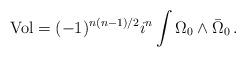
LaTeX: \begin{align*}{\rm Vol} = (-1)^{n(n-1)/2} i^n \int \Omega_0 \wedge \bar\Omega_0 \,.\end{align*}